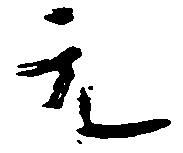
元